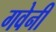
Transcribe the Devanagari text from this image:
गवेनी